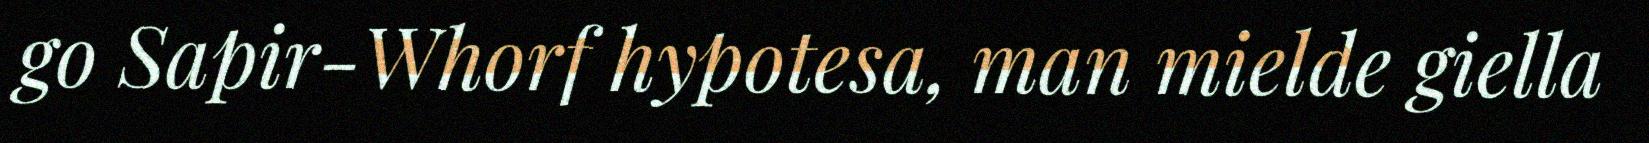
go Sapir-Whorf hypotesa, man mielde giella